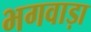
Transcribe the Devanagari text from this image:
भगवाड़ा